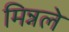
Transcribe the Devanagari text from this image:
मिन्नले